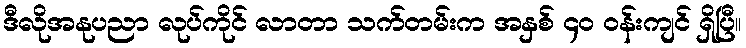
ဒီလိုအနုပညာ လုပ်ကိုင် လာတာ သက်တမ်းက အနှစ် ၄ဝ ဝန်းကျင် ရှိပြီ။